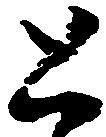
恐